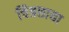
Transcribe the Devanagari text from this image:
चित्रछाया